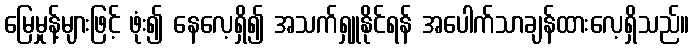
မြေမှုန့်များဖြင့် ဖုံး၍ နေလေ့ရှိ၍ အသက်ရှူနိုင်ရန် အပေါက်သာချန်ထားလေ့ရှိသည်။